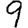
Digit: 9